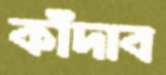
কাঁদাব